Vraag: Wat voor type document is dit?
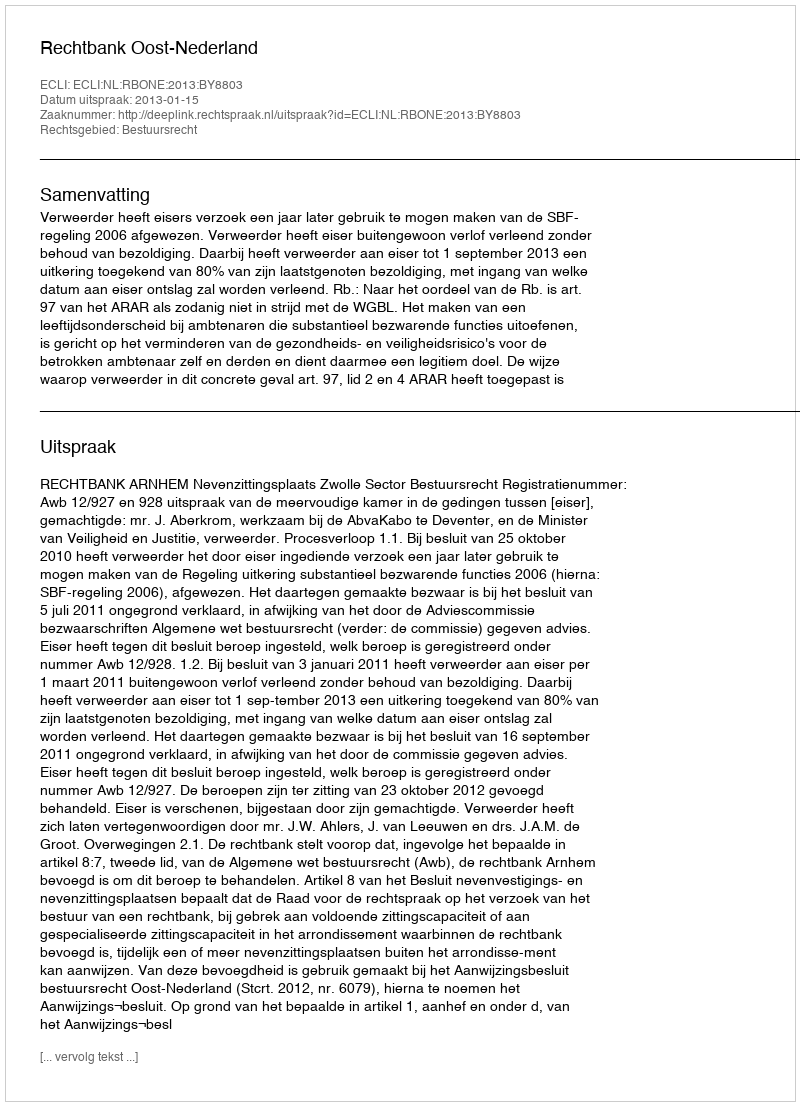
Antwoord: Uitspraak